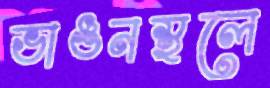
ভাঙনস্থলে